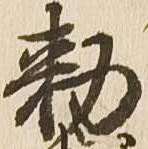
勅